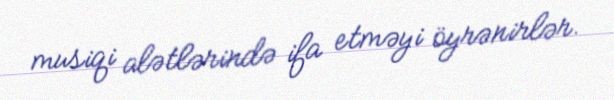
musiqi alətlərində ifa etməyi öyrənirlər.